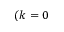
( k = 0